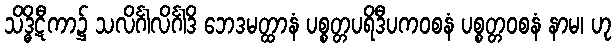
သိဒ္ဓိဋီကာ၌ သလိင်္ဂါလိင်္ဂါဒိ ဘေဒမတ္ထာနံ ပစ္စတ္တပရိဒီပကဝစနံ ပစ္စတ္တဝစနံ နာမ၊ ဟု